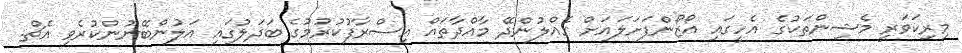
މިރިކަވަރީ މެޝިންތަކުގެ އެހީގައި އޯޒޯންފަށަލައަށް ގެއްލުންދޭ މާއްދާތައް އިސްރާފުކުރުމުގެ ބަދަލުގައި އަލުންބޭނުންކުރެވި އެޗް.